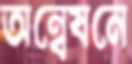
অন্বেষনে